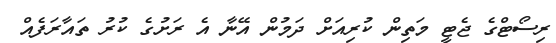
ރިސޯޓްގެ ޖެޓީ މަތިން ކުރިއަށް ދަމުން އޭނާ އެ ރަށުގެ ކުރު ތައާރަފެއް